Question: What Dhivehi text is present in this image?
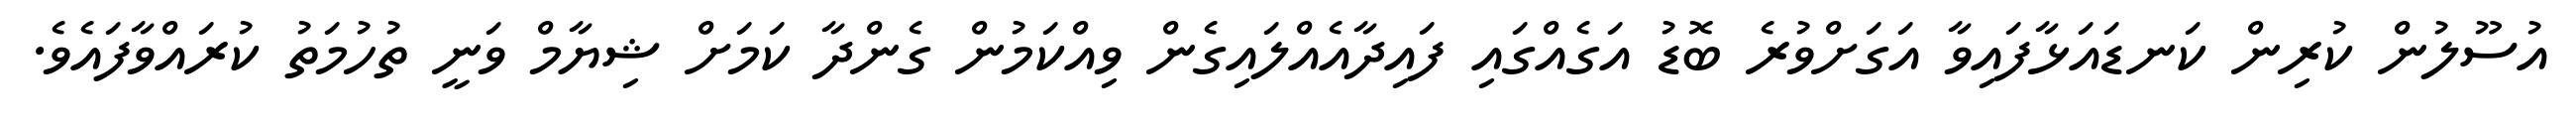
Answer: އުސޫލުން ކުރިން ކަނޑައަޅާފައިވާ އަގަށްވުރެ ބޮޑު އަގެއްގައި ފައިދާއެއްލައިގެން ވިއްކަމުން ގެންދާ ކަމަށް ޝިޔާމް ވަނީ ތުހުމަތު ކުރައްވާފައެވެ.